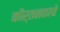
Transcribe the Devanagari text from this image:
कीर्तनकाचे